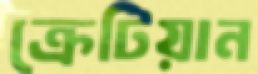
ক্রেটিয়ান